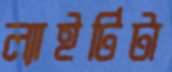
ল্যাইটিটা